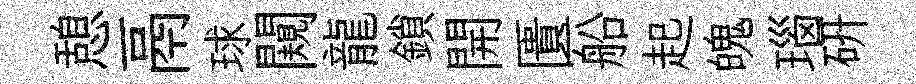
憩鬲球闚龍鎖開匱船起魄瑙硏